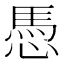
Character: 𢟀